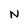
Character: N